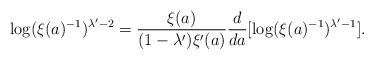
LaTeX: \begin{align*}\log(\xi(a)^{-1})^{\lambda'-2}=\frac{\xi(a)}{(1-\lambda')\xi'(a)}\frac{d}{da}[\log(\xi(a)^{-1})^{\lambda'-1}].\end{align*}